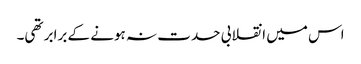
اس میں انقلابی حدت نہ ہونے کے برابر تھی۔